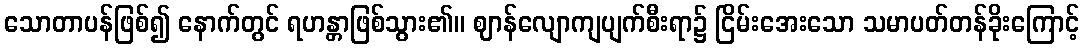
သောတာပန်ဖြစ်၍ နောက်တွင် ရဟန္တာဖြစ်သွား၏။ ဈာန်လျောကျပျက်စီးရာ၌ ငြိမ်းအေးသော သမာပတ်တန်ခိုးကြောင့်